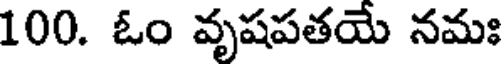
100. ఓం వృషపతయే నమః